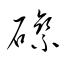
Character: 磔